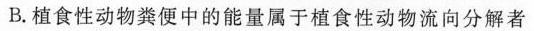
B.植食性动物粪便中的能量属于植食性动物流向分解者